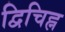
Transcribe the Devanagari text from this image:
द्विचिह्न